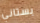
بستاني